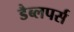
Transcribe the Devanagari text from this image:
डैब्लपर्स